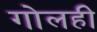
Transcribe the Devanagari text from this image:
गोलही